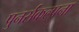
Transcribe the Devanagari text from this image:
पुनर्संकल्पना